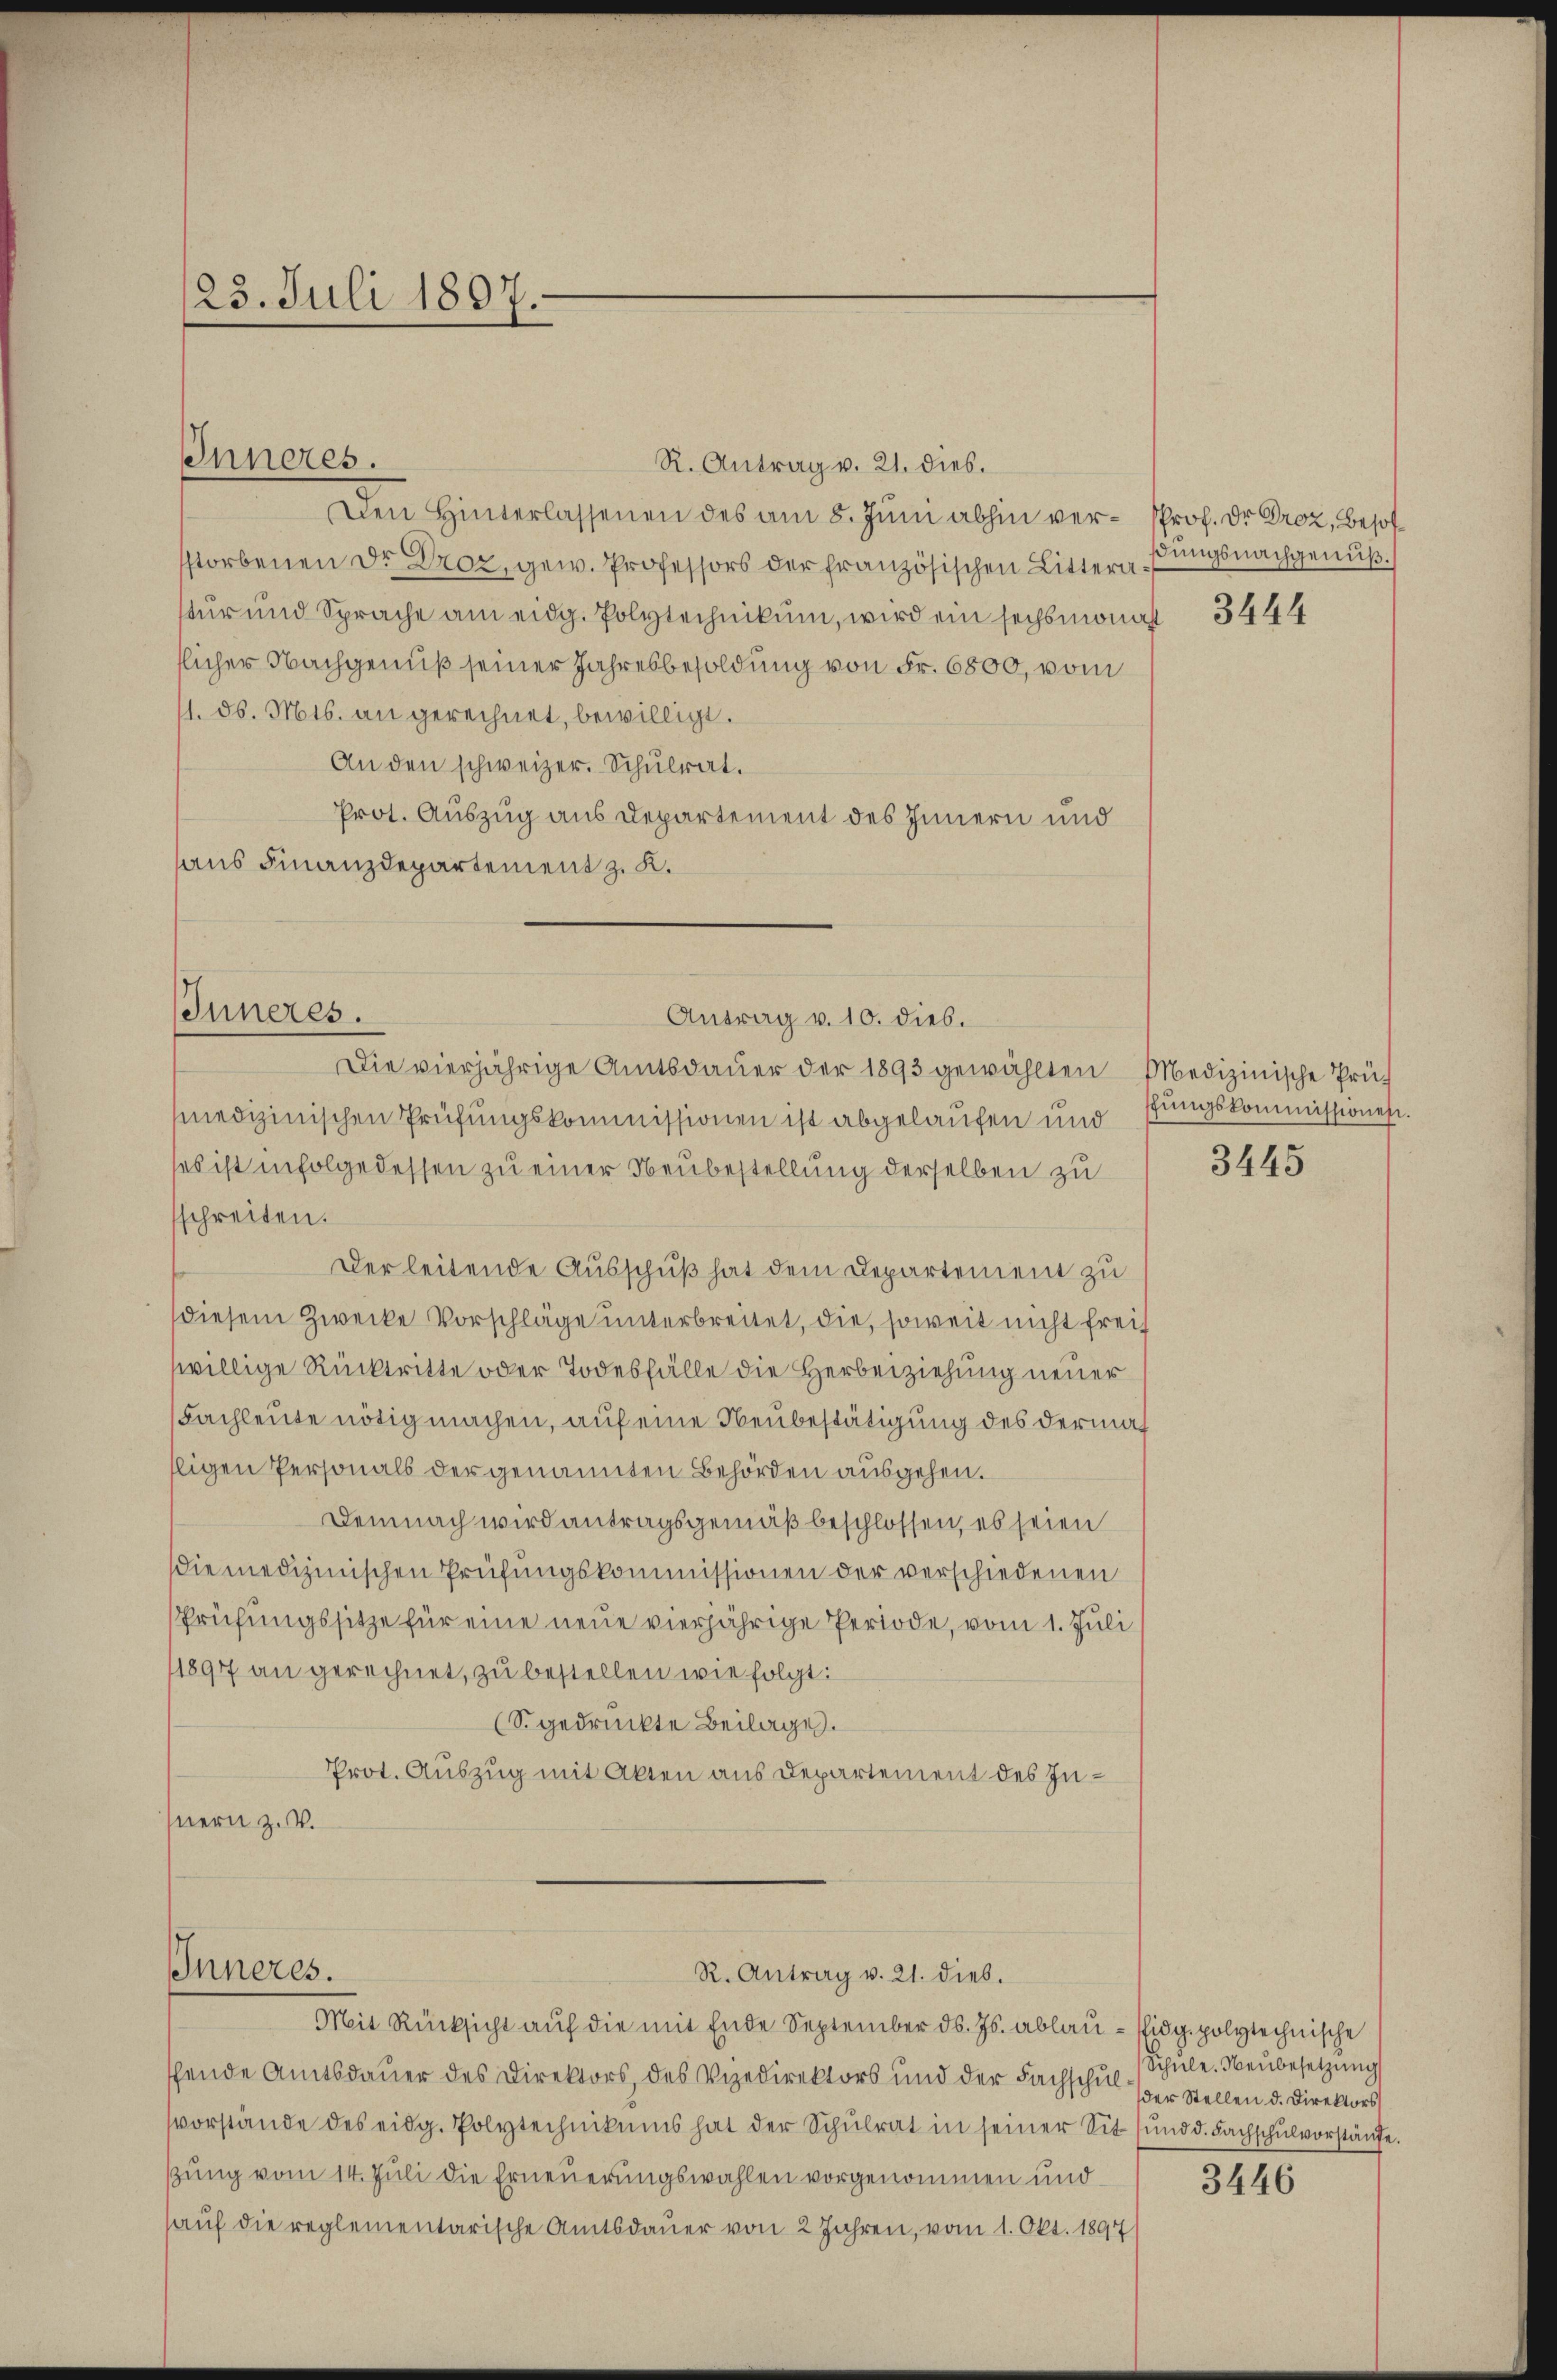
23. Juli 1897.

Inneres.

Inneres.

Inneres.

Den Hinterlassenen des am 8. Juni abhin ver- Prof. Dr. Proz, Besolsstorbenen Dr. Droz. gew. Professors der französischen Littern.
tur und Sprache am eidg. Polytechnikum, wird ein sechsmonast
flicher Nachgenuß seiner Jahresbesoldung von Fr. 6800, vom
11. d. Mts. an gerechnet, bewilligt.
An den schweizer. Schulrat.
Prot. Auszug aus Departement des Innern und
aus Finanzdepartement z. K.

medizinischen Prüfungskommissionen ist abgelaufen und
ses ist infolgedessen zu einer Neubestellung derselben zu
sschreiten.
Der leitende Ausschuß hat dem Departement zu
diesem Zwecke Vorschläge unterbreitet, die, soweit nicht freiwillige Rücktritte oder Todesfälle die Herbeiziehung neuer
Fachleute nötig machen, auf eine Neubestätigung des dermal
ligen Personals der genannten Behörden ausgehen.
Demnach wird antragsgemäß beschlossen, es seien
siemedizinischen Prüfungskommissionen der verschiedenen
Prüfungssitze für eine neue vierjährige Periode, vom 1. Juli
1897 an gerechnet, zu bestellen wie folgt:
(S. gedruckte Beilage.
Prot. Auszug mit Akten aus Departement des Innern z. V.

R. Antrag v. 21. dies.

Antrag v. 10. dies.
Die vierjährige Amtsdauer der 1893 gewählten Medizinische Prü¬

R. Antrag v. 21. dieb.
Mit Rücksicht auf die mit Ende September ds. Js. ablau - sidg. polytechnische

schende Amtsdauer des Direktors, des Vizedirektors und der Fachschulsvorstände des eidg. Polytechnikums hat der Schŭlrat in seiner Sit ŭnd d. Fachschulvorstände.
ßung vom 14. Juli die Erneuerungswahlen vorgenommen und
hauf die reglementarische Amtsdauer von 2 Jahren, vom 1. Okt. 1897

ßungsnachgenuß.

3444

schungskommissionen.

3445

Schule. Neubesetzung
der Stellen d. Direktors

3446